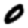
Digit: 0